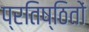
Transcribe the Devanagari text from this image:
प्रतिष्ठितों